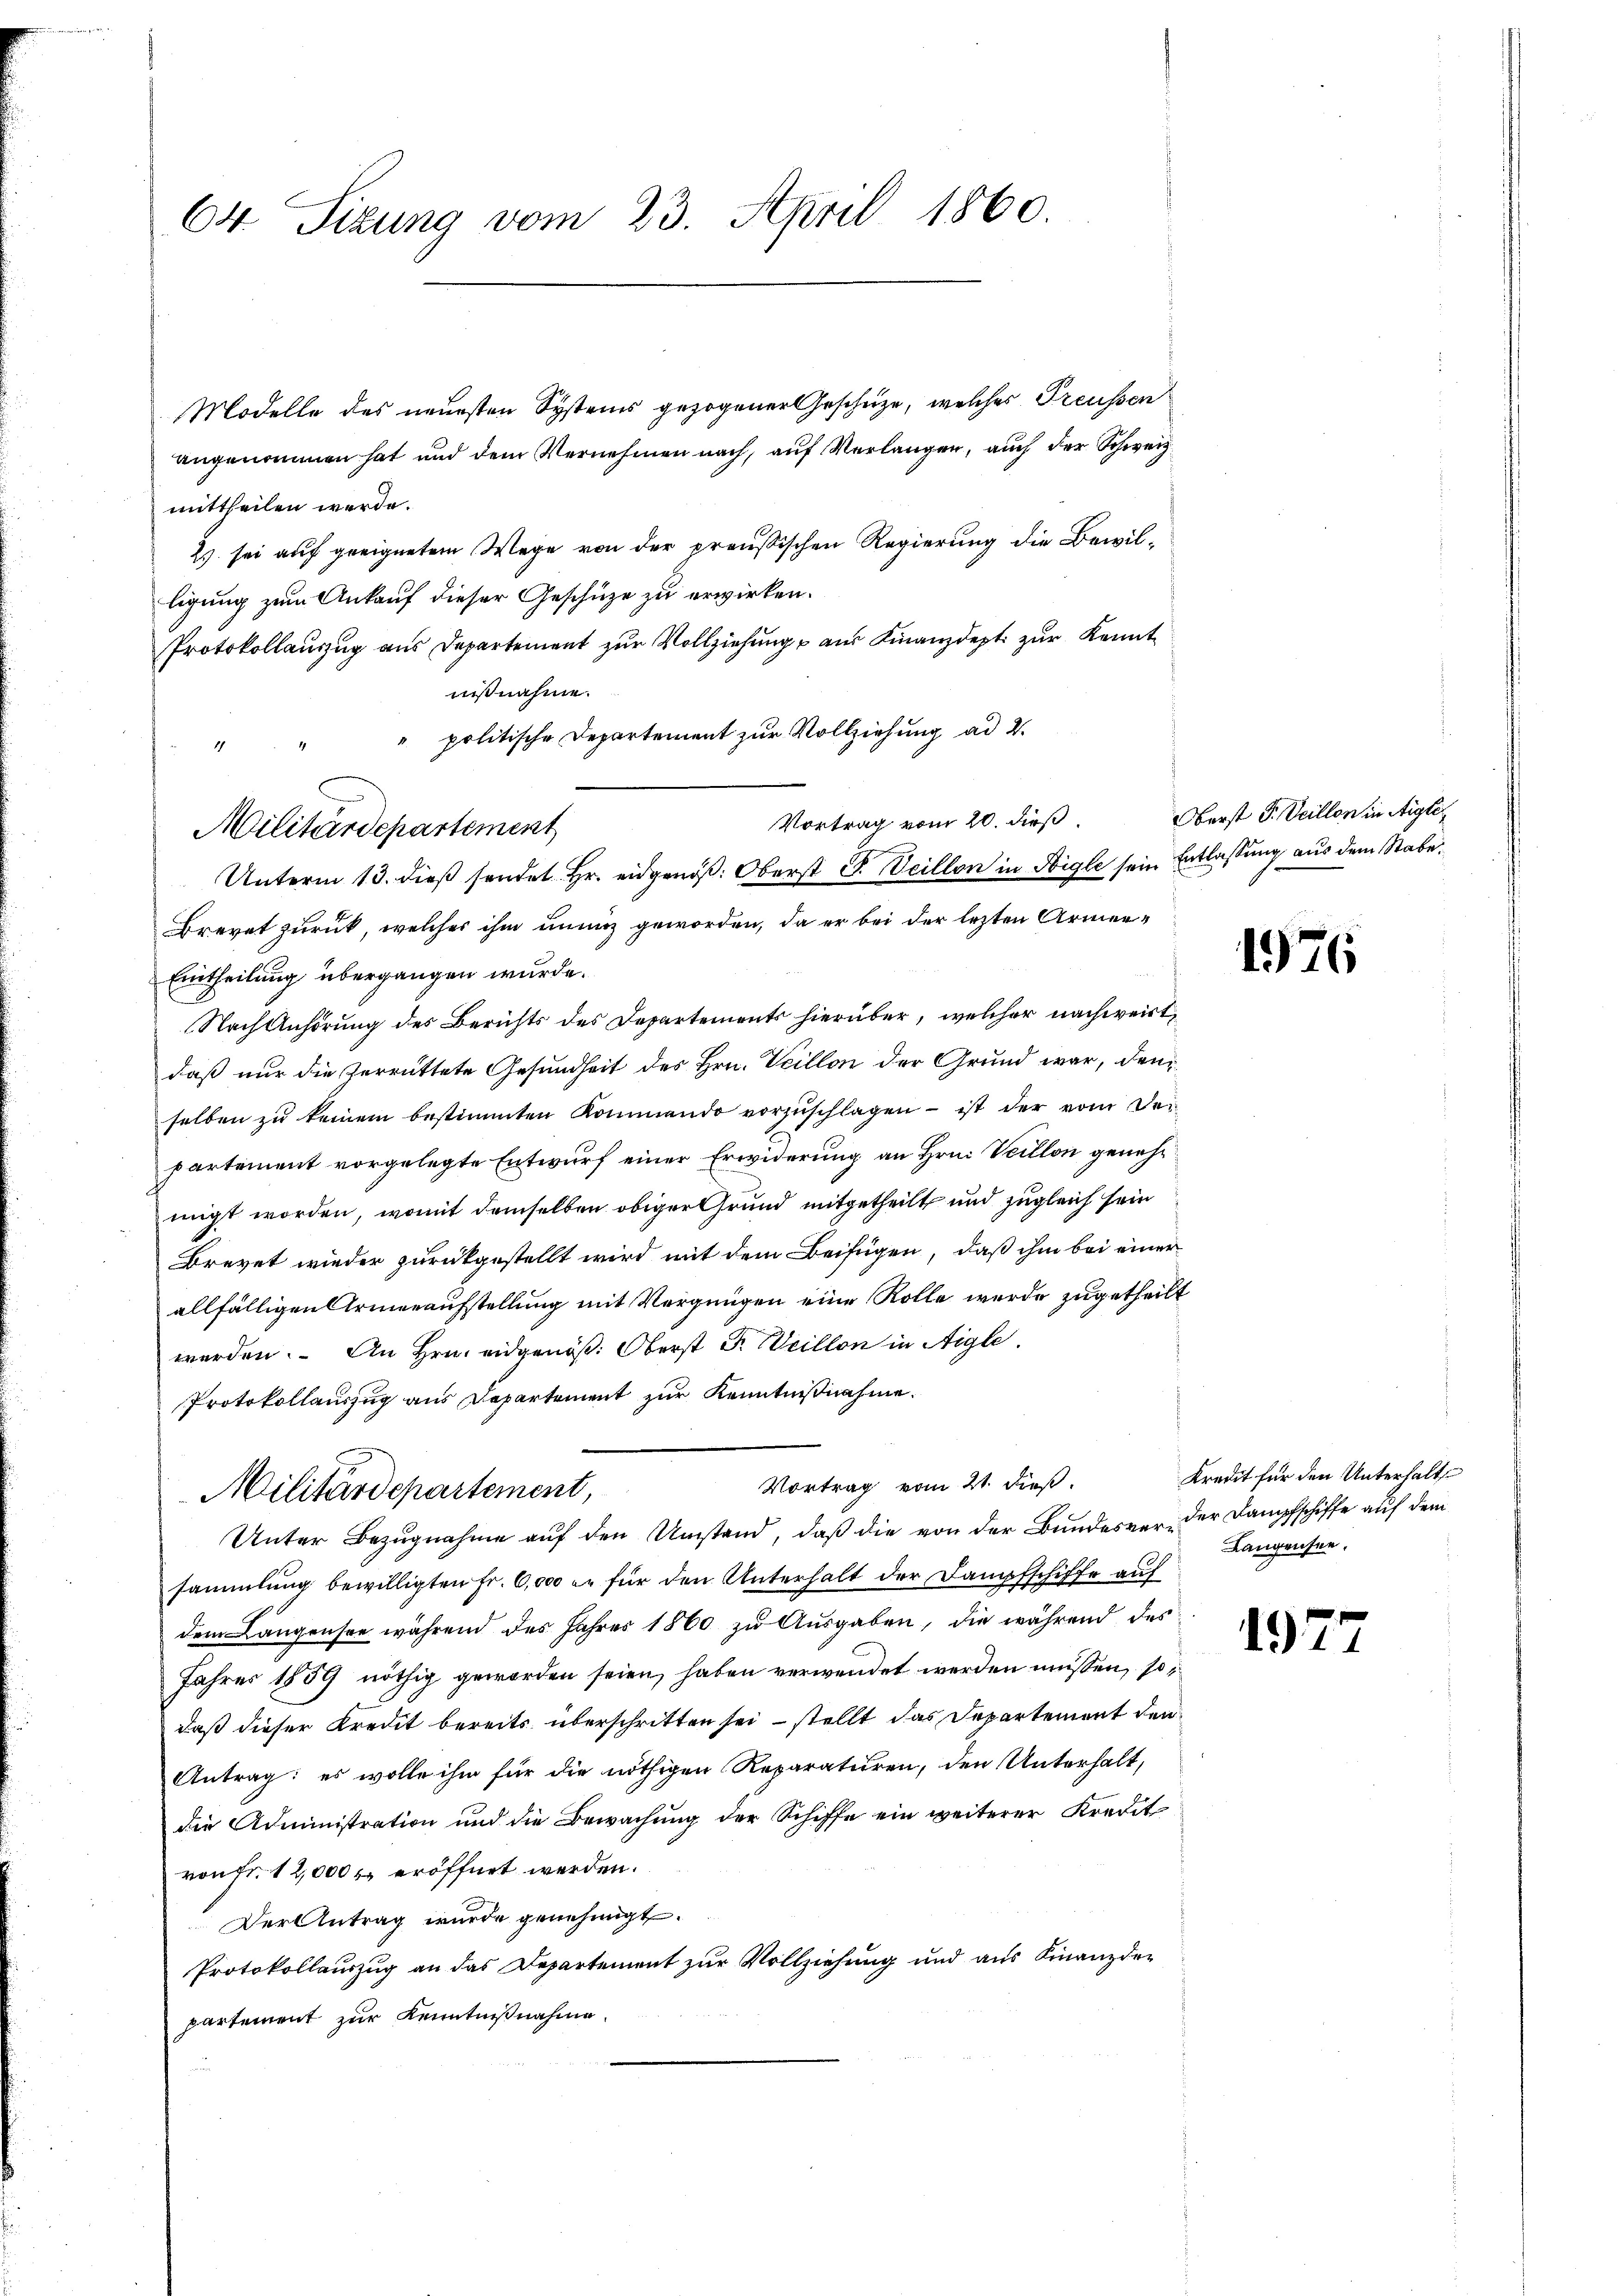
64. Sizung vom 23. April 1860.

2 sei auf geeignetem Wege von der preußischen Regierung die Bewilligung zum Ankauf dieser Geschütze zu erwirken.
Protokollauszug aus Departement zur Vollziehung aus Finanzdept zur Kenntnisnahme.
" politische Departement zur Vollziehung ad 2.
2
Vortrag vom 20. dieß,
Brevet zurück, welches ihm innig geworden, da er bei der lezten Armen¬
Eintheilung übergangen wurde.
Nach Anhörung des Berichts des Departements hierüber, welcher nachweist,
daß nur die Zerrüttete Gesundheit des Hrn. Veillon der Grund war, den
selben zu keinem bestimmten Kommendo vorzŭschlagen - ist der vom Departement vorgelegte Entwurf einer Erwiderung an Hrn. Veillon genehmigt worden, womit demselben obiger Grund mitgetheilt und zugleich sein
Brevet wieder zurückgestellt wird mit dem Beifügen, daß ihm bei einer
allfälligen Armenaufstellung mit Vergnügen eine Rolle werde zugetheilt
werden. An Hrn. eidgenöß: Oberst Fr. Weillon in Aigle.
Protokollauszug aus Departement zur Kenntnißnahme.
Vortrag vom 21. dieß.
Militärdepartement,
Unter Bezugnahme auf den Umstand, daß die von der Bundesver- der Dampfschiffe auf dem
sammlung bewilligten Fr. 6,000 er für den Unterhalt der Dampfschiffe auf
dem Langensee während des Jahres 1860 zu Ausgaben, die während des
Jahres 1859 nöthig geworden seien, haben verwendet werden müssen, sodaß dieser Kredit bereits überschritten sei – stellt das Departement den
Antrag: es wolle ihm für die nöthigen Reparaturen, den Unterhalt,
die Administration und die Bewachung der Schiffe ein weiterer Kredit
von fr. 12,000 r. eröffnet werden.
Der Antrag wurde genehmigt.
Protokollauszug an das Departement zur Vollziehung und aus Finanzdepartement zur Kenntnißnahme

Modelle des neuesten Systems gezogener Geschüze, welches Preussen
angenommen hat und dem Vernehmen nach, auf Verlangen, auch der Schweiz
mittheilen werde.

Militärdepartement

Unterm 13. dieβ sendet Hr. eidgenöß: Oberst J. Veillon in Sigle sein Entlassung aus dem Stabe

Oberst F. Veillen in Aigle,

1976

Kredit für den Unterhalt
Langensee.

197